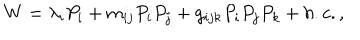
W = \lambda _ { i } P _ { i } + m _ { i j } P _ { i } P _ { j } + g _ { i j k } P _ { i } P _ { j } P _ { k } + h . c . ,